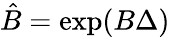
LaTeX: \hat{B}=\exp(B\Delta)